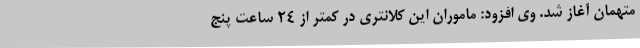
متهمان آغاز شد. وی افزود: ماموران این کلانتری در کمتر از ۲۴ ساعت پنج